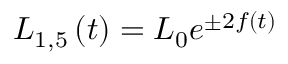
L _ { 1 , 5 } \left( t \right) = L _ { 0 } e ^ { \pm 2 f \left( t \right) }